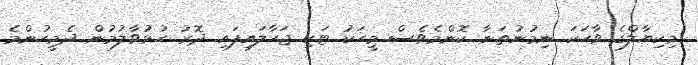
މިކިޔާލްގެ ވާހަކަ ނިމުނުތަނާ ކޮންމެވެސް މީހަކު ޓަކި ޖަހާލައިފައި ދޮރު ހުޅުވާލުމުން ދެމީހުންމެ